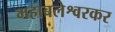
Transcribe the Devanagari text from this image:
महाबलेश्वरकर